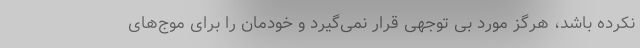
نکرده باشد، هرگز مورد بی توجهی قرار نمی‌گیرد و خودمان را برای موج‌های